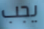
يجب